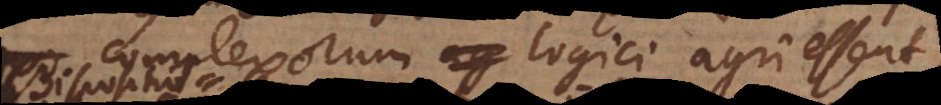
exorum logici agri essent,